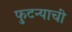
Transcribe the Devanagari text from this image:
फुटन्याची